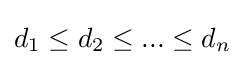
d_{1}\leq d_{2}\leq ...\leq d_{n}